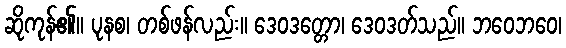
ဆိုကုန်၏။ ပုနစ၊ တစ်ဖန်လည်း။ ဒေဝဒတ္တော၊ ဒေဝဒတ်သည်။ ဘဝေဘဝေ၊